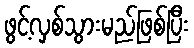
ဖွင့်လှစ်သွားမည်ဖြစ်ပြီး